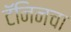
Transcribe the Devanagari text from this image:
टॅनिनचा